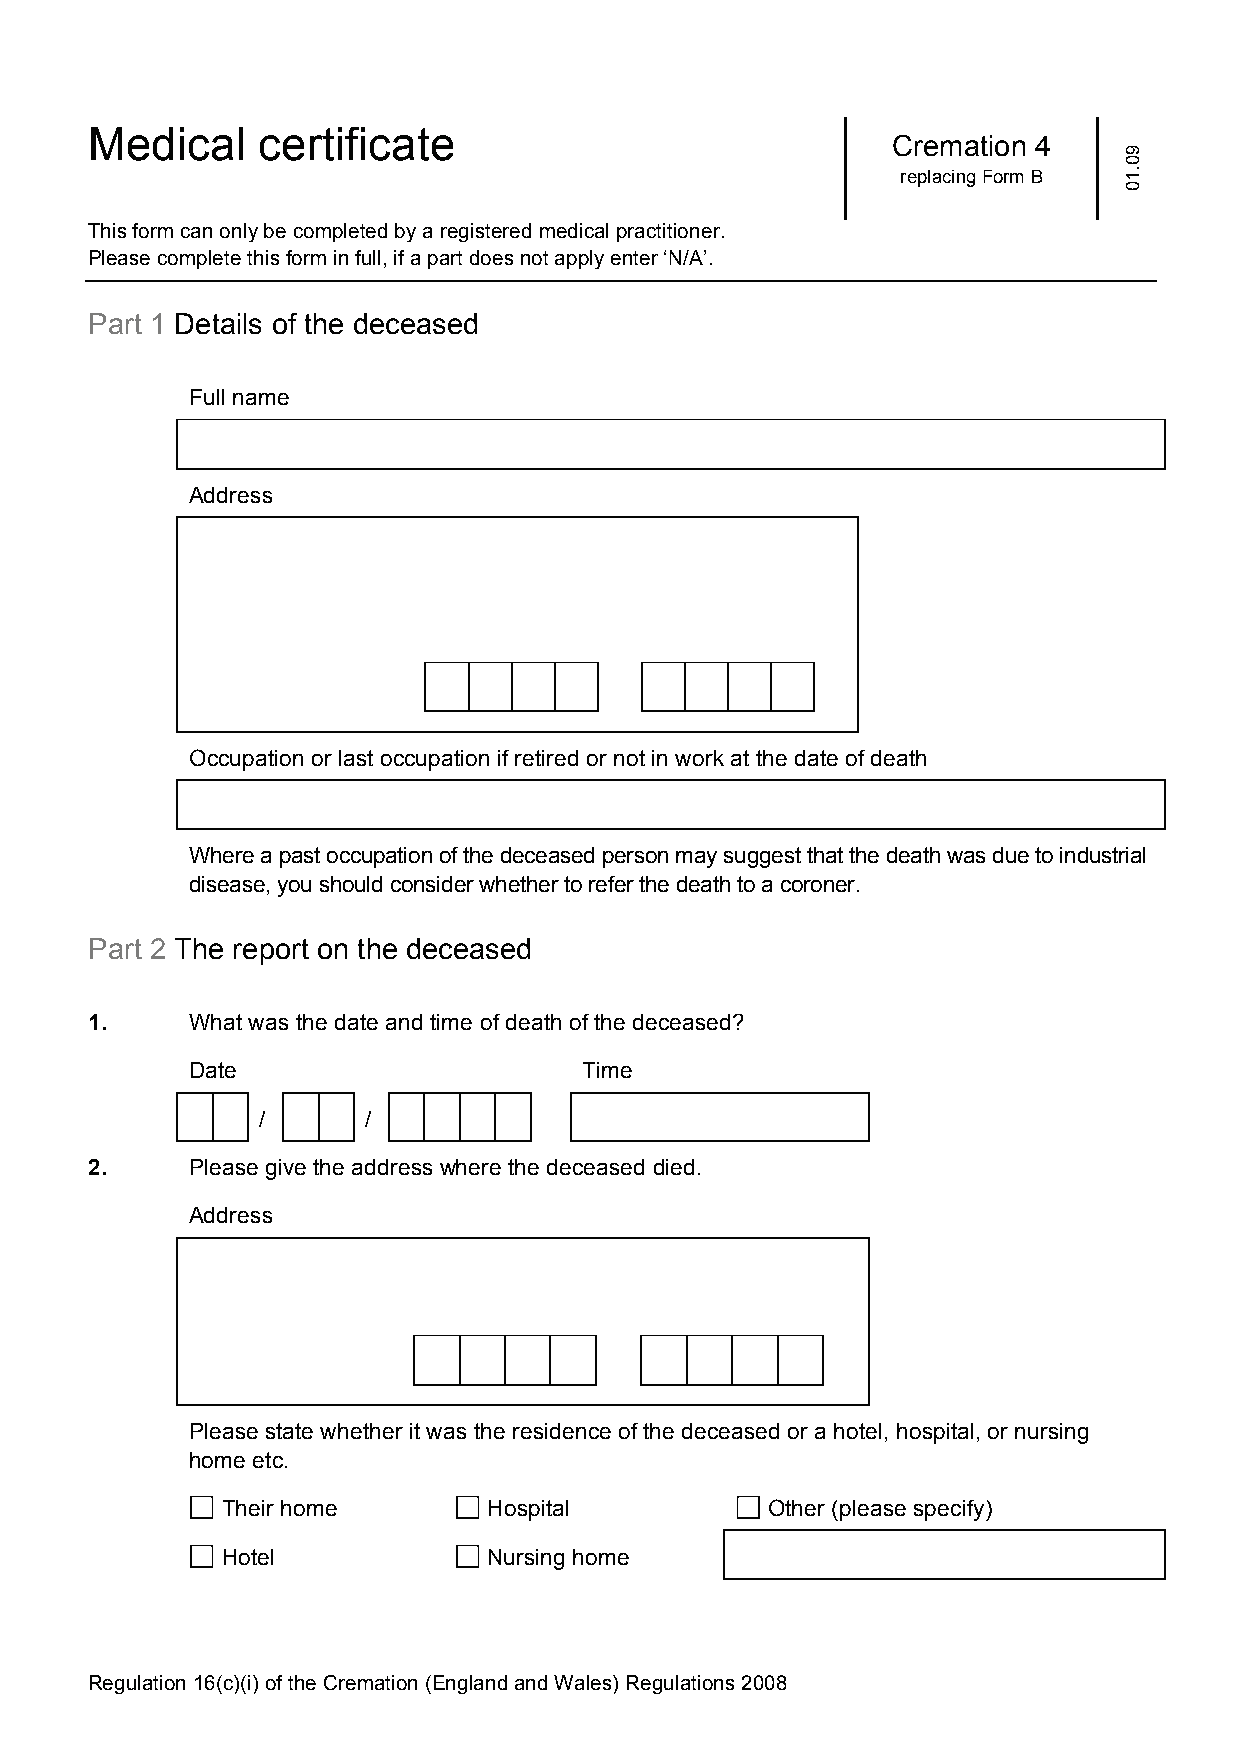
Medical    certificate
 Cremation 4
 replacing Form B
 This form can only be completed by a registered medical practitioner.
 Please complete this form in full, if a part does not apply enter ‘N/A’.
 Part 1 Details of the deceased
 Full name
 Address
 Occupation or last occupation if retired or not in work at the date of death
 Where a past occupation of the deceased person may suggest that the death was due to industrial
 disease, you should consider whether to refer the death to a coroner.
 Part 2 The report on the deceased
 1.    What was the date and time of death of the deceased?
 Date                       Time
 /      /
 2.    Please give the address where the deceased died.
 Address
 Please state whether it was the residence of the deceased or a hotel, hospital, or nursing
 home etc.
 Their home       Hospital           Other (please specify)
 Hotel            Nursing home
 Regulation 16(c)(i) of the Cremation (England and Wales) Regulations 2008
 90.10